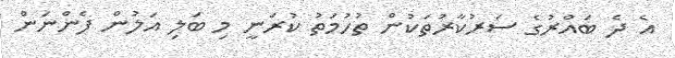
އެ ދެ ބައްރުގެ ސަރުކާރުތަކުން ތުހުމަތު ކުރަނީ މި ބަލި އަލުން ފެންނަން